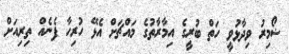
ޟޯމިރު ވިދާޅުވީ ހަތް ބުރީގެ އިމާރާތުގެ މައްޗަށް އެޅޭ ހުރިހާ ފެނެއް ތިރިއަށް